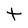
Character: t